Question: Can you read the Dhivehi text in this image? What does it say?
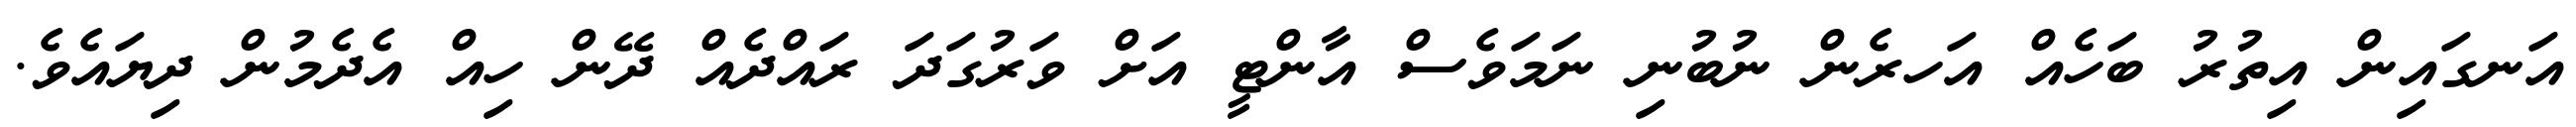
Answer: އަނގައިން އިތުރު ބަހެއް އަހރެން ނުބުނި ނަމަވެސް އާންޓީ އަށް ވަރުގަދަ ރައްދެއް ދޭން ހިއް އެދެމުން ދިޔައެވެ.